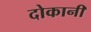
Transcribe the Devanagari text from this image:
दोकानी